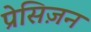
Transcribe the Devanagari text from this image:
प्रेसिज़न